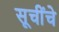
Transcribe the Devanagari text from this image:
सूचींचे